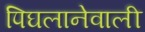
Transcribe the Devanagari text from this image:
पिघलानेवाली